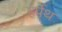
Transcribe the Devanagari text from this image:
हर्पेथ